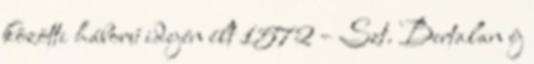
közötti háború idején élt 1572 – Szt. Bertalan éj